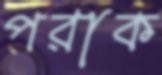
পরাক